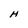
Character: H